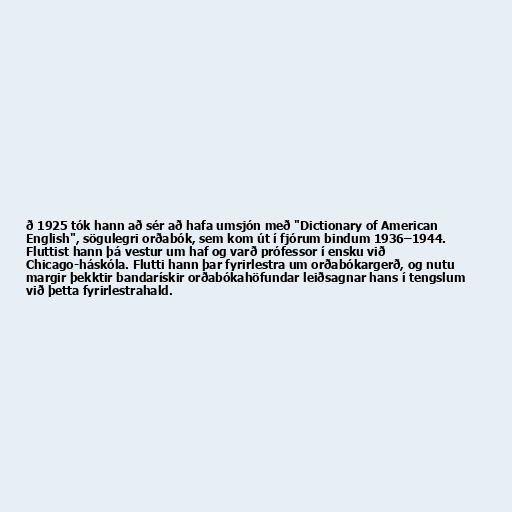
ð 1925 tók hann að sér að hafa umsjón með "Dictionary of American
English", sögulegri orðabók, sem kom út í fjórum bindum 1936–1944.
Fluttist hann þá vestur um haf og varð prófessor í ensku við
Chicago-háskóla. Flutti hann þar fyrirlestra um orðabókargerð, og nutu
margir þekktir bandarískir orðabókahöfundar leiðsagnar hans í tengslum
við þetta fyrirlestrahald.